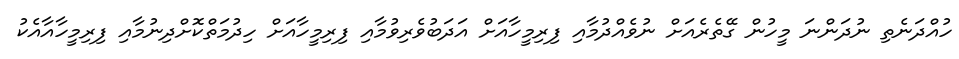
ހުއްދަނެތި ނުދަންނަ މީހުން ގޭތެރެއަށް ނުވެއްދުމާއި ފިރިމީހާއަށް އަދަބުވެރިވުމާއި ފިރިމީހާއަށް ހިދުމަތްކޮށްދިނުމާއި ފިރިމީހާއާއެކު